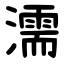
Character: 濡